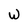
Character: W